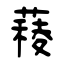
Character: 薐